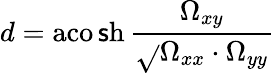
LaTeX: d=\operatorname{aco\mathsf{s}h}{\frac{{\Omega_{xy}}}{{\sqrt{}{{\Omega_{xx}\cdot\Omega_{yy}}}}}}